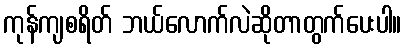
ကုန်ကျစရိတ် ဘယ်လောက်လဲဆိုတာတွက်ပေးပါ။